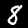
Digit: 8